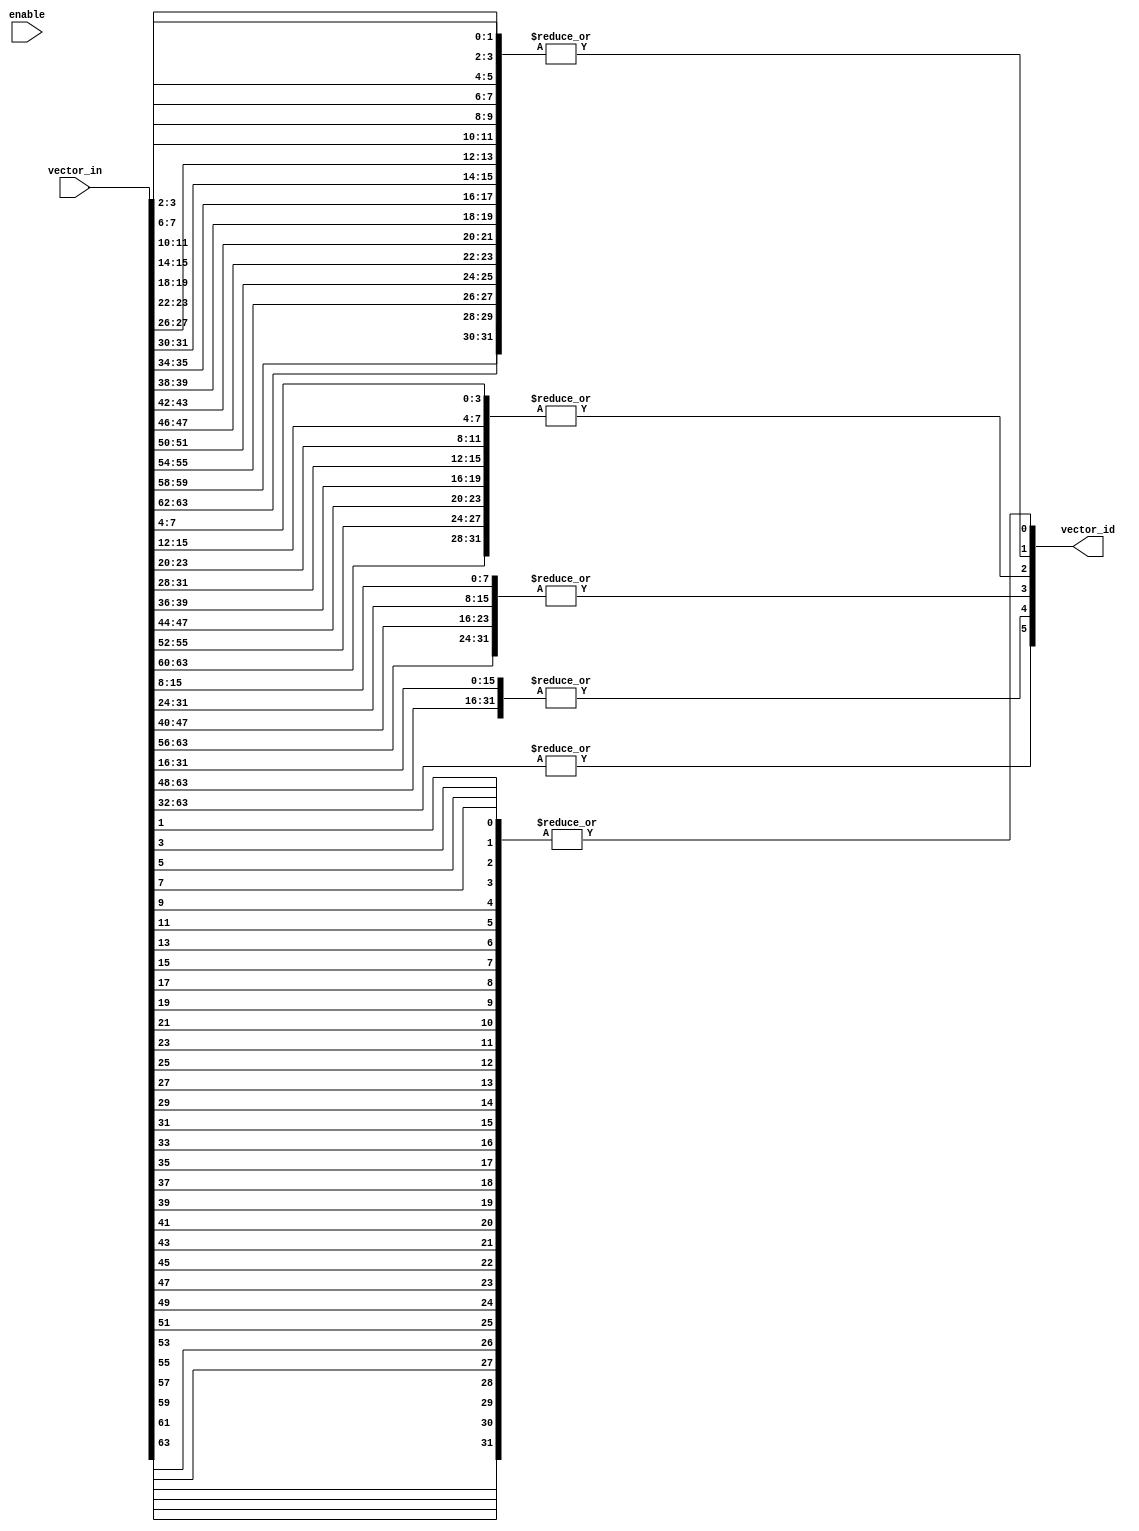
///////////////////////////////////////////////////////////////////////////////
// DataNoC
// 
// Copyright (c) 2021 PEAK UPV
// Parallel Architectures Group (GAP)
// Department of Computing Engineering (DISCA)
// Universitat Politecnica de Valencia (UPV)
// Valencia, Spain
// 
// Permission is hereby granted, free of charge, to any person obtaining a copy
// of this software and associated documentation files (the "Software"), to deal
// in the Software without restriction, including without limitation the rights
// to use, copy, modify, merge, publish, distribute, sublicense, and/or sell
// copies of the Software, and to permit persons to whom the Software is
// furnished to do so, subject to the following conditions:
// 
// The above copyright notice and this permission notice shall be included in all
// copies or substantial portions of the Software.
// 
// THE SOFTWARE IS PROVIDED "AS IS", WITHOUT WARRANTY OF ANY KIND, EXPRESS OR
// IMPLIED, INCLUDING BUT NOT LIMITED TO THE WARRANTIES OF MERCHANTABILITY,
// FITNESS FOR A PARTICULAR PURPOSE AND NONINFRINGEMENT. IN NO EVENT SHALL THE
// AUTHORS OR COPYRIGHT HOLDERS BE LIABLE FOR ANY CLAIM, DAMAGES OR OTHER
// LIABILITY, WHETHER IN AN ACTION OF CONTRACT, TORT OR OTHERWISE, ARISING FROM,
// OUT OF OR IN CONNECTION WITH THE SOFTWARE OR THE USE OR OTHER DEALINGS IN THE
// SOFTWARE.
// 
//-----------------------------------------------------------------------------
//
// Company: GAP (UPV)  
// Contact: J.Flich (jflich@disca.upv.es)
// Module Name: encoder
// Project Name: DataNoC
// Target Devices: 
// Description: 
// 
//
//
// Dependencies: 
// 
// Revision:
// Revision 0.01 - File Created
// Additional Comments:
// 
//////////////////////////////////////////////////////////////////////////////////

`timescale 1ns / 1ps

module encoder #(
	parameter lenght_in = 64,
	parameter lenght_out = 6)
(
	input  enable,
	input [lenght_in-1:0] vector_in, 
	output [lenght_out-1:0] vector_id  
);
  genvar k, i;
  for (i = 0; i < lenght_out; i = i + 1) begin : gen_mux_index
    wire [lenght_in - 1 : 0] data_aux;
    for (k = 0; k < lenght_in; k = k + 1) begin : gen_mux_vc1
      assign data_aux[k] = vector_in[k] & k[i];
    end // end for k
    assign vector_id[i] = |data_aux;
  end // end for i
endmodule